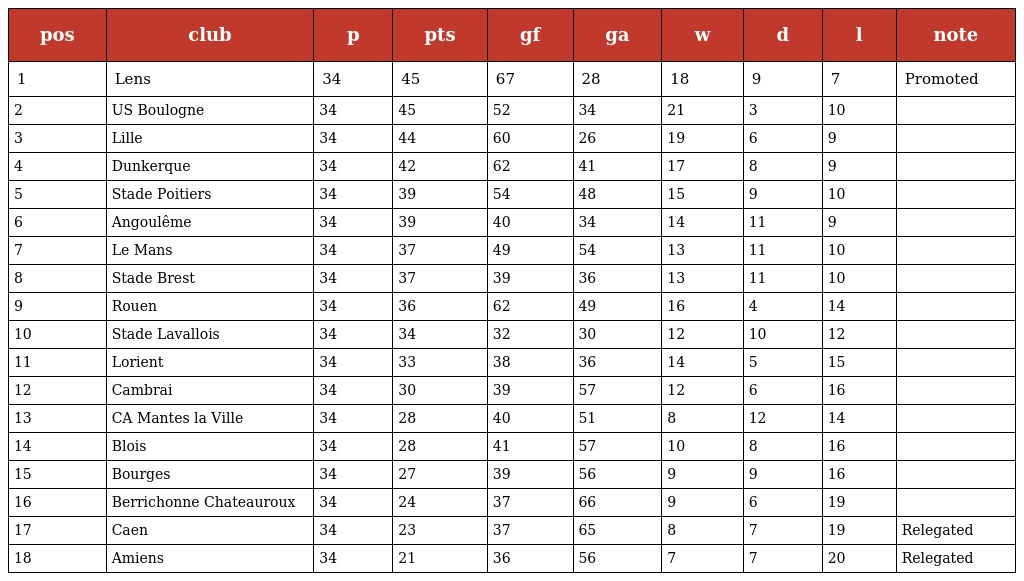
| pos | club | p | pts | gf | ga | w | d | l | note |
 | --- | --- | --- | --- | --- | --- | --- | --- | --- | --- |
 | 1 | Lens | 34 | 45 | 67 | 28 | 18 | 9 | 7 | Promoted |
 | 2 | US Boulogne | 34 | 45 | 52 | 34 | 21 | 3 | 10 |  |
 | 3 | Lille | 34 | 44 | 60 | 26 | 19 | 6 | 9 |  |
 | 4 | Dunkerque | 34 | 42 | 62 | 41 | 17 | 8 | 9 |  |
 | 5 | Stade Poitiers | 34 | 39 | 54 | 48 | 15 | 9 | 10 |  |
 | 6 | Angoulême | 34 | 39 | 40 | 34 | 14 | 11 | 9 |  |
 | 7 | Le Mans | 34 | 37 | 49 | 54 | 13 | 11 | 10 |  |
 | 8 | Stade Brest | 34 | 37 | 39 | 36 | 13 | 11 | 10 |  |
 | 9 | Rouen | 34 | 36 | 62 | 49 | 16 | 4 | 14 |  |
 | 10 | Stade Lavallois | 34 | 34 | 32 | 30 | 12 | 10 | 12 |  |
 | 11 | Lorient | 34 | 33 | 38 | 36 | 14 | 5 | 15 |  |
 | 12 | Cambrai | 34 | 30 | 39 | 57 | 12 | 6 | 16 |  |
 | 13 | CA Mantes la Ville | 34 | 28 | 40 | 51 | 8 | 12 | 14 |  |
 | 14 | Blois | 34 | 28 | 41 | 57 | 10 | 8 | 16 |  |
 | 15 | Bourges | 34 | 27 | 39 | 56 | 9 | 9 | 16 |  |
 | 16 | Berrichonne Chateauroux | 34 | 24 | 37 | 66 | 9 | 6 | 19 |  |
 | 17 | Caen | 34 | 23 | 37 | 65 | 8 | 7 | 19 | Relegated |
 | 18 | Amiens | 34 | 21 | 36 | 56 | 7 | 7 | 20 | Relegated |